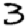
Digit: 3